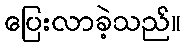
ပြေးလာခဲ့သည်။